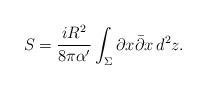
LaTeX: \begin{align*}S = \frac{iR^2}{8\pi\alpha^\prime}\int_\Sigma \partial x \bar\partial x\,d^2z.\end{align*}